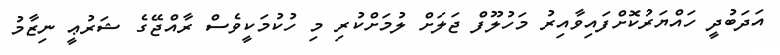
އަދަބުދީ ހައްޔަރުކޮށްފައިވާއިރު މަހުލޫފް ޖަލަށް ލުމަށްކުރި މި ހުކުމަކީވެސް ރާއްޖޭގެ ޝަރުޢީ ނިޒާމު